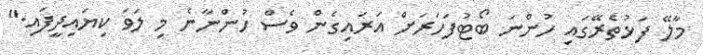
މާލޭ ފަޅުތެރޭގައި ހުންނަ ބޯޓުފަހަރަށް އަރައިގެން ވެސް ހުންނާނެ މި ލަވަ ކިޔައިދީފައި."